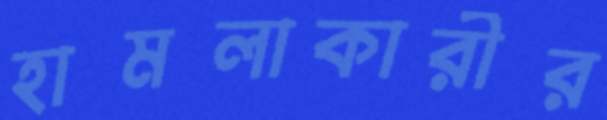
হামলাকারীর